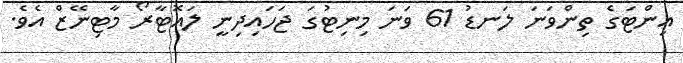
އިންޓަގެ ތިންވަނަ ލަނޑު 61 ވަނަ މިނިޓުގަ ޖަހައިދިނީ ލައޮޓާރޯ މާޓިނޭޒް އެވެ.